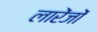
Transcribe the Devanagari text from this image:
लारेंजों